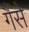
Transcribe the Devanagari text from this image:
गैंसे